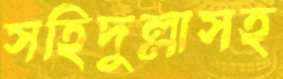
সহিদুল্লাসহ